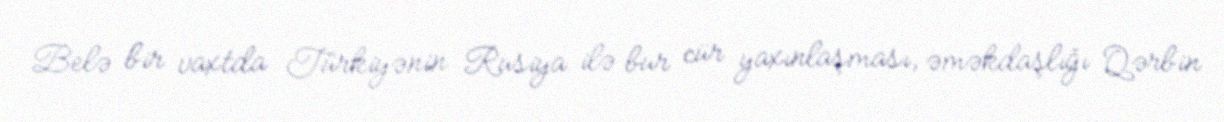
Belə bir vaxtda Türkiyənin Rusiya ilə bur cür yaxınlaşması, əməkdaşlığı Qərbin